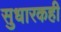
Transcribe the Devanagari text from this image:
सुधारकही